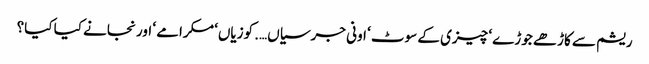
ریشم سے کاڑھے جوڑے ‘ چیزی کے سوٹ ‘ اونی جرسیاں…. کوزیاں‘ مکرامے ‘ اور نجانے کیا کیا؟